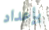
بإعداد